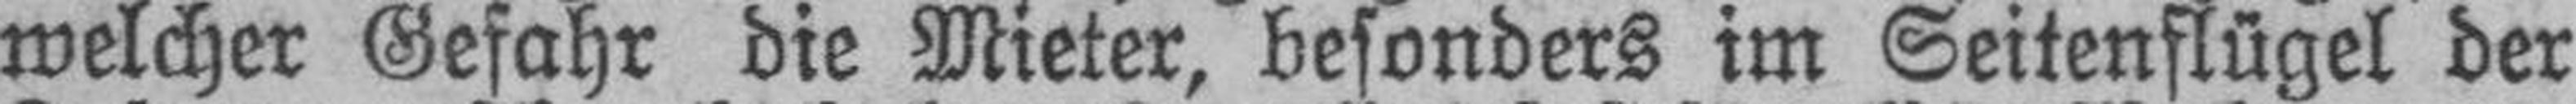
welcher Gefahr die Mieter, besonders im Seitenflügel der